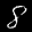
Label: 8